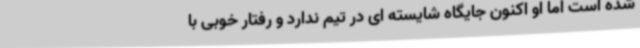
شده است اما او اکنون جایگاه شایسته ای در تیم ندارد و رفتار خوبی با